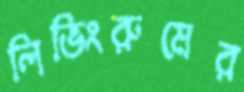
লিভিংরুমের